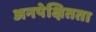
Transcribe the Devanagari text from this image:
अनपेक्षितता